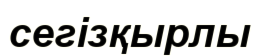
сегізқырлы